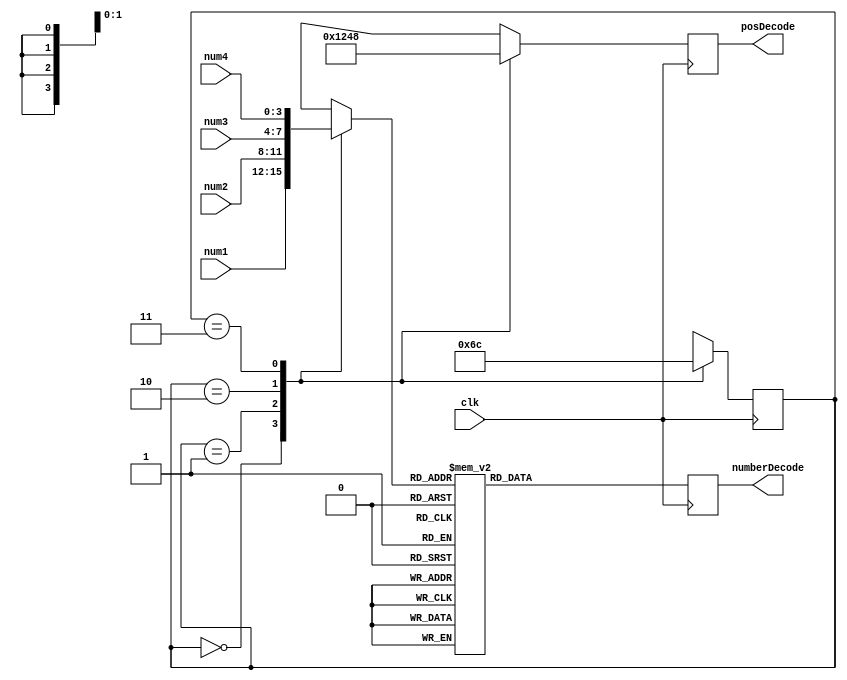
module myShow(clk, num1, num2, num3, num4, posDecode, numberDecode);
input clk;
input [3:0] num1;
input [3:0] num2;
input [3:0] num3;
input [3:0] num4;

output reg [3:0]posDecode; //
output reg [6:0]numberDecode; //7448

reg[1:0] posNumber;//
reg[3:0] numberNumber;//

initial
begin
	posDecode = 0;
	numberDecode = 0;
	
	posNumber = 0;
	numberNumber = 0;
end


always@(posedge clk)
begin
	case(posNumber)
	2'd0:
	begin
		posDecode = 4'b0001;
		numberNumber = num1;
		posNumber = 2'd1;
	end
	
	2'd1:
	begin
		posDecode = 4'b0010;
		numberNumber = num2;
		posNumber = 2'd2;
	end
	
	2'd2:
	begin
		posDecode = 4'b0100;
		numberNumber = num3;
		posNumber = 2'd3;
	end
	
	2'd3:
	begin
		posDecode = 4'b1000;
		numberNumber = num4;
		posNumber = 2'd0;
	end
	
	default:
	begin
		posDecode = 4'b0000;
		numberNumber = 4'b0000;
		posNumber = 2'd0;
	end
	endcase
	
	
	case(numberNumber)
		4'b0000: numberDecode = 7'b0111111; // 0
		4'b0001: numberDecode = 7'b0000110; // 1
		4'b0010: numberDecode = 7'b1011011; // 2
		4'b0011: numberDecode = 7'b1001111; // 3
		4'b0100: numberDecode = 7'b1100110; // 4
		4'b0101: numberDecode = 7'b1101101; // 5
		4'b0110: numberDecode = 7'b1111101; // 6
		4'b0111: numberDecode = 7'b0000111; // 7
		4'b1000: numberDecode = 7'b1111111; // 8
		4'b1001: numberDecode = 7'b1101111; // 9
		4'b1010: numberDecode = 7'b1110111; // A
		4'b1011: numberDecode = 7'b1111100; // b
		4'b1100: numberDecode = 7'b0111001; // c
		4'b1101: numberDecode = 7'b1011110; // d
		4'b1110: numberDecode = 7'b1111001; // E
		4'b1111: numberDecode = 7'b1110001; // F
		default: numberDecode = 7'b0000000;	
	endcase
	
	
end

endmodule